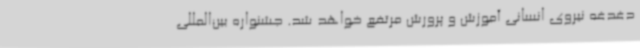
دغدغه نیروی انسانی آموزش و پرورش مرتفع خواهد شد. جشنواره بین‌المللی